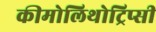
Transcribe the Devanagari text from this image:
कीमोलिथोट्रिप्सी